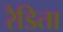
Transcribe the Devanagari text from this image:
रैडिता